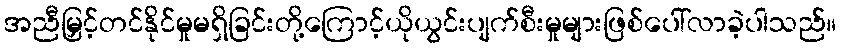
အညီမြှင့်တင်နိုင်မှုမရှိခြင်းတို့ကြောင့်ယိုယွင်းပျက်စီးမှုများဖြစ်ပေါ်လာခဲ့ပါသည်။